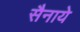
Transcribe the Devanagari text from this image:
सैनाये